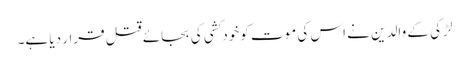
لڑکی کے والدین نے اس کی موت کوخودکشی کی بجائے قتل قرار دیا ہے۔